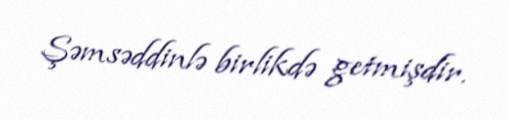
Şəmsəddinlə birlikdə getmişdir.